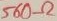
Text: 560Ω